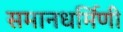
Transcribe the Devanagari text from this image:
समानधर्मिणी